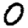
Digit: 0